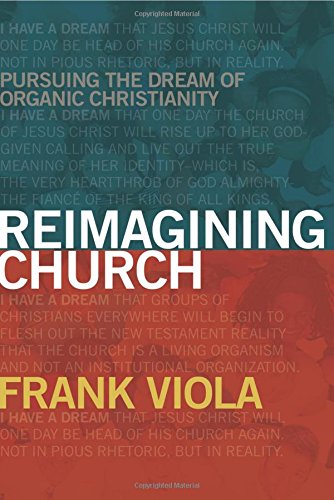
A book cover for Reimagining Church: Pursuing the Dream of Organic Christianity; Frank Viola; Christian Books & Bibles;